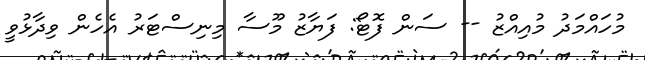
މުހައްމަދު މުއިއްޒު -- ސަން ފޮޓޯ: ފަޔާޒު މޫސާ މިނިސްޓަރު އެހެން ވިދާޅުވީ